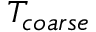
T _ { c o a r s e }